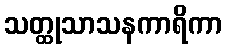
သတ္ထုသာသနကာရိကာ